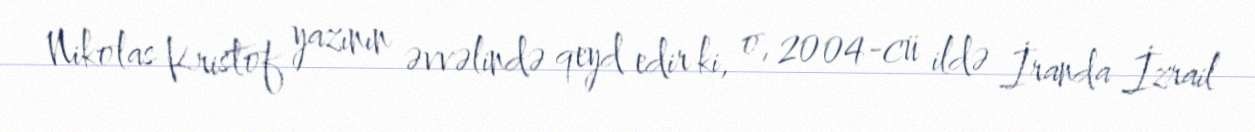
Nikolas Kristof yazının əvvəlində qeyd edir ki, o, 2004-cü ildə İranda İzrail